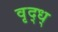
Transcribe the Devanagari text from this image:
वृद्ध्